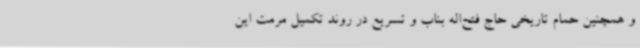
و همچنین حمام تاریخی حاج فتح‌اله بناب و تسریع در روند تکمیل مرمت این